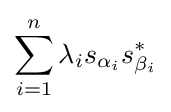
\sum _{i=1}^{n}\lambda _{i}s_{\alpha _{i}}s_{\beta _{i}}^{*}